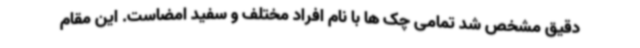
دقیق مشخص شد تمامی چک ها با نام افراد مختلف و سفید امضاست. این مقام